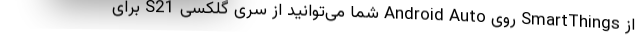
از SmartThings روی Android Auto شما می‌توانید از سری گلکسی S21 برای